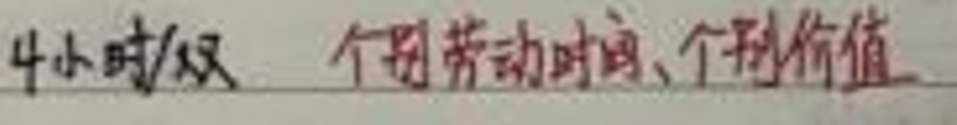
4小时/双 个体劳动时间、个别价值